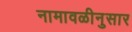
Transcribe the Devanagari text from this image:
नामावळीनुसार